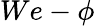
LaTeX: We-\phi